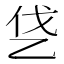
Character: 𰀿